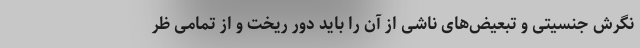
نگرش جنسیتی و تبعیض‌های ناشی از آن را باید دور ریخت و از تمامی ظر